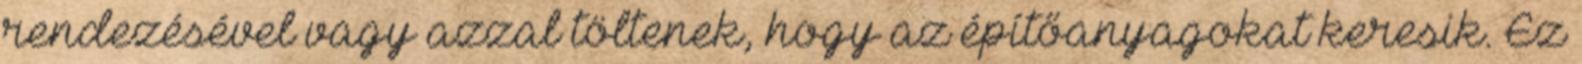
rendezésével vagy azzal töltenek, hogy az építőanyagokat keresik. Ez